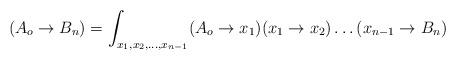
LaTeX: \begin{align*}(A_o\rightarrow B_n) = \int_{x_1,x_2,\dots,x_{n-1}} (A_o\rightarrow x_1)(x_1\rightarrow x_2)\dots(x_{n-1}\rightarrow B_n)\end{align*}